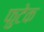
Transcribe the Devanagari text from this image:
फुटेक